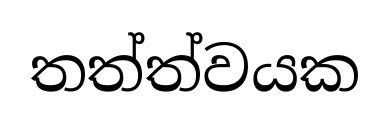
තත්ත්වයක